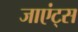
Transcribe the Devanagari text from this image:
जाएंट्स